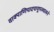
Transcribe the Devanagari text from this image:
वाक्पाणिपादपायूपस्थात्मने